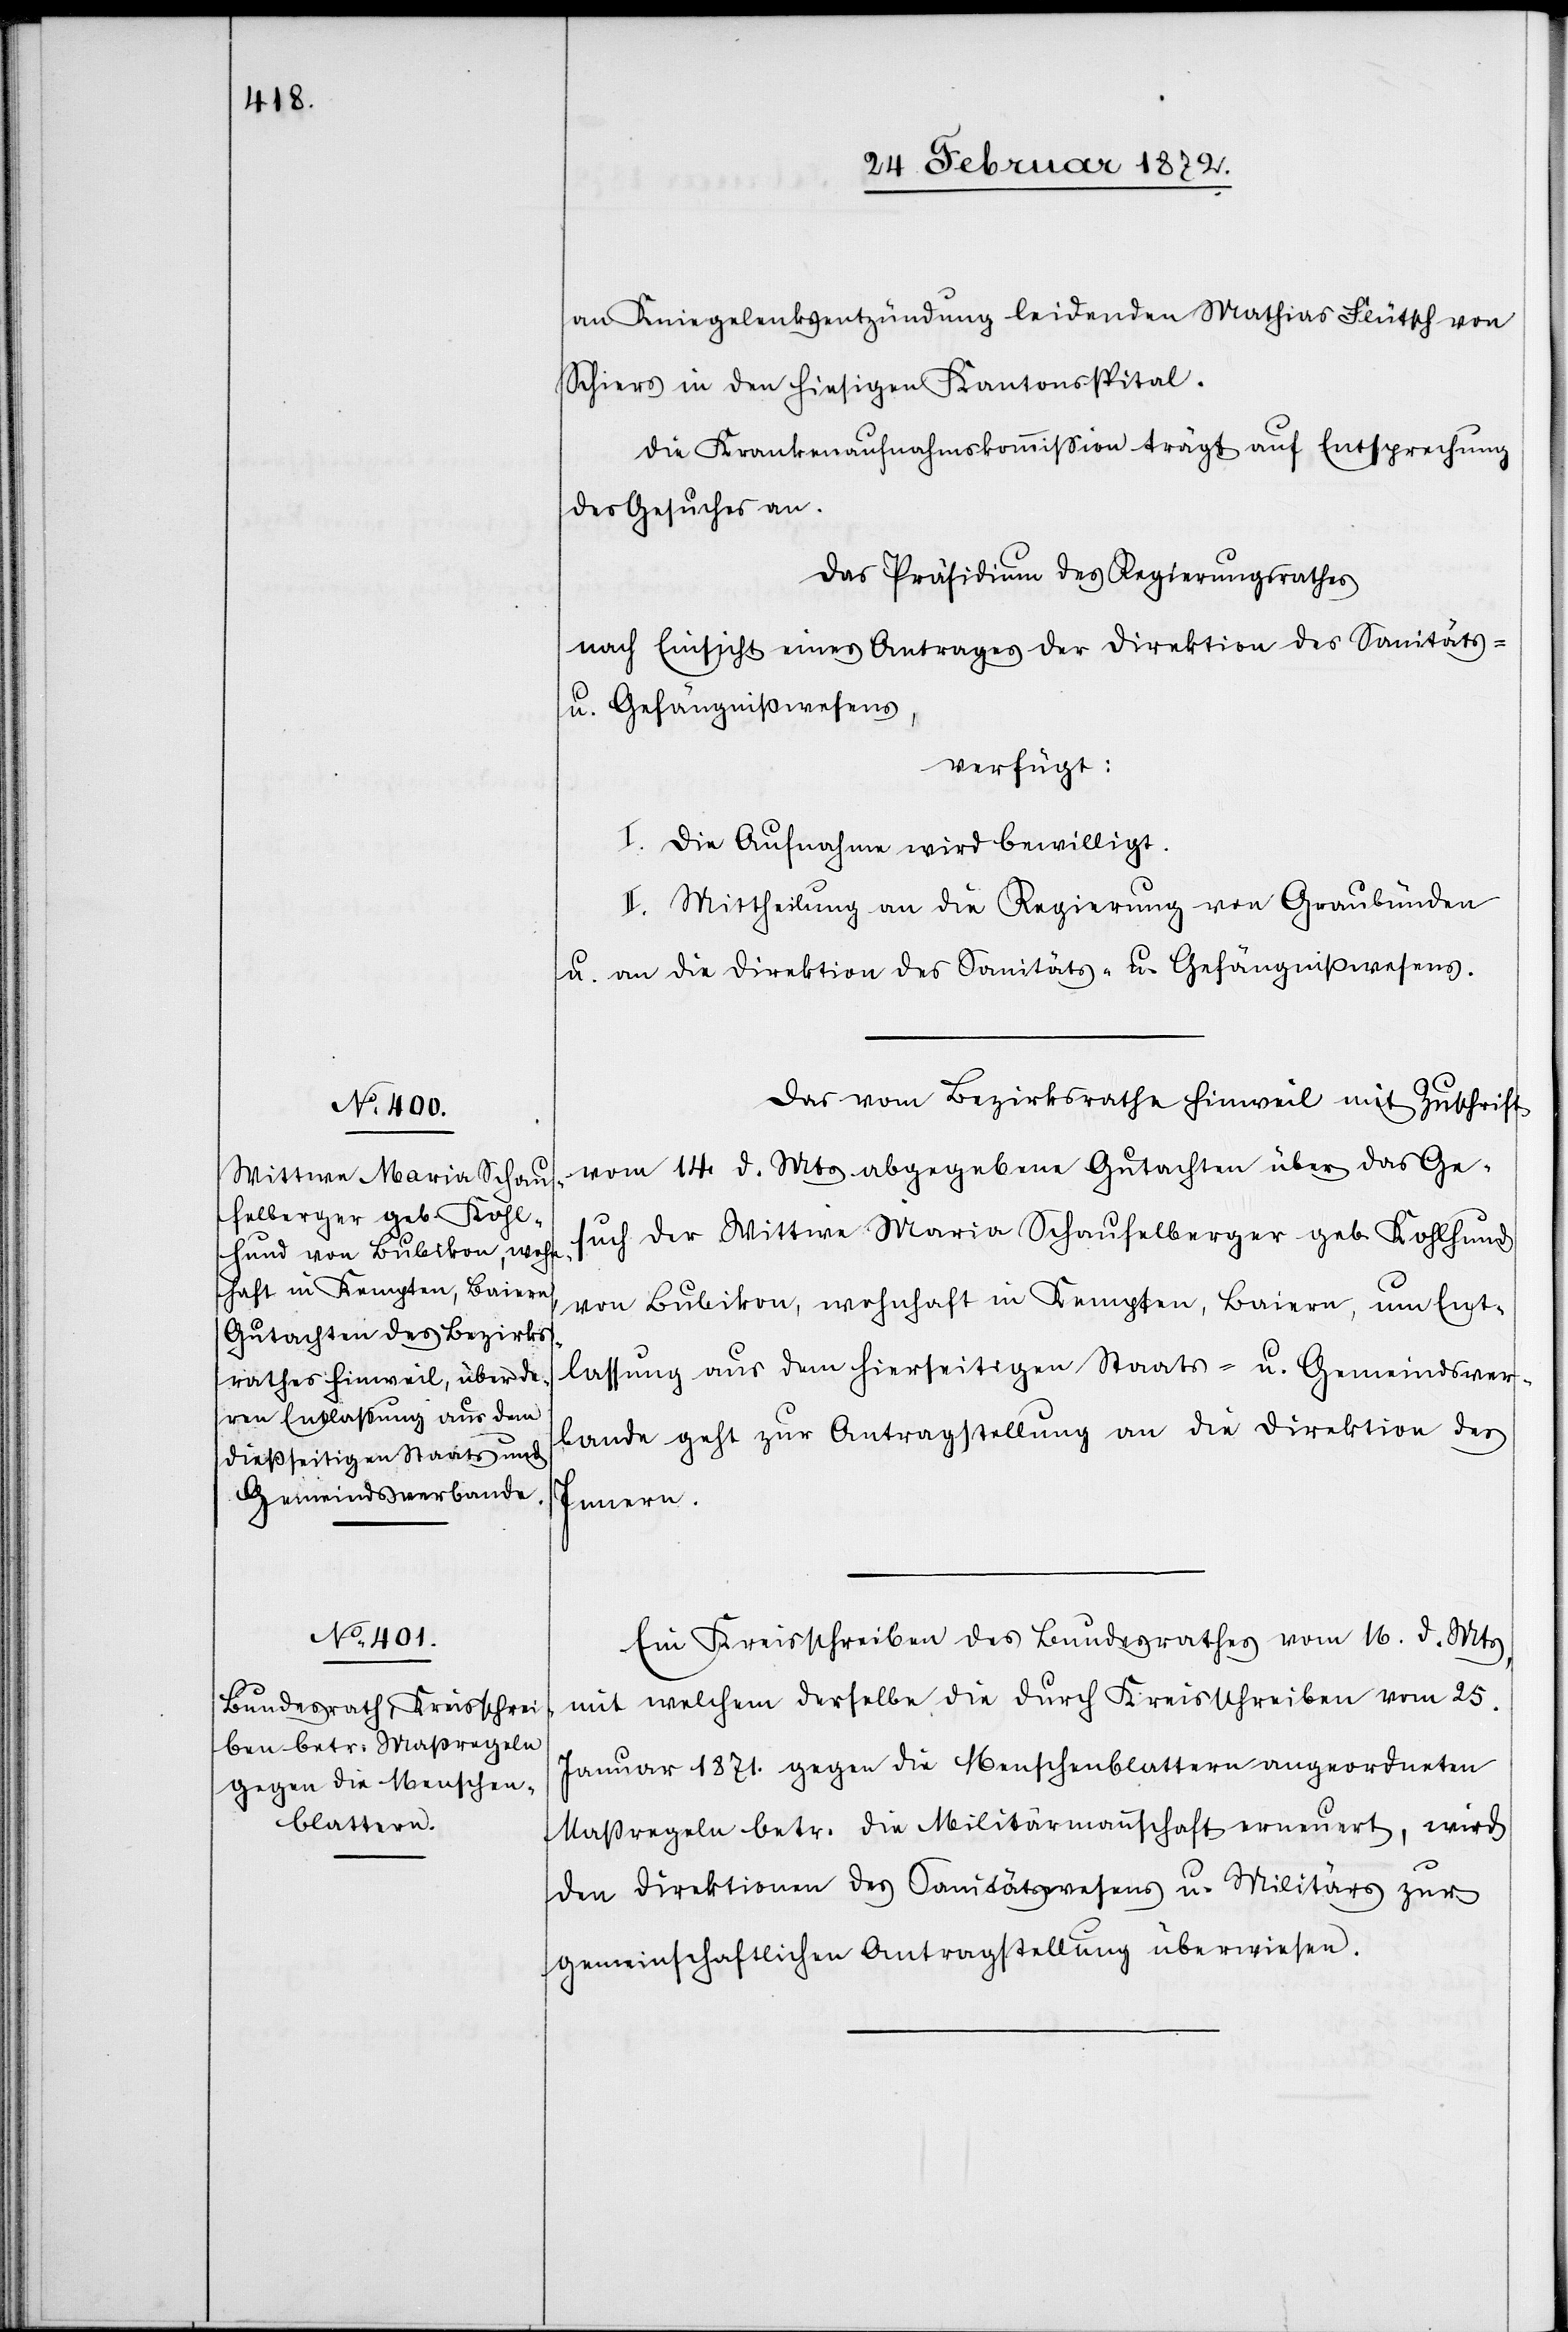
an Kniegelenksentzündung leidenden Mathias Flütsch von
Schiers in den hiesigen Kantonsspital.
Die Krankenaufnahmskommission trägt auf Entsprechung
des Gesuches an.
Das Präsidium des Regierungsrathes
nach Einsicht eines Antrages der Direktion des Sanitäts-
u. Gefängnißwesens,
verfügt:
I. Die Aufnahme wird bewilligt.
II. Mittheilung an die Regierung von Graubünden
u. an die Direktion des Sanitäts- u. Gefängnißwesens.
Das vom Bezirksrathe Hinweil mit Zuschrift
vom 14. d. Mts abgegebene Gutachten über das Ge¬
such der Wittwe Maria Schaufelberger geb. Kohlhund
von Bubikon, wohnhaft in Kempten, Baiern, um Ent¬
lassung aus dem hierseitigen Staats- u. Gemeindsver¬
bande geht zur Antragstellung an die Direktion des
Innern.
Ein Kreisschreiben des Bundesrathes vom 16. d. Mts,
mit welchem derselbe die durch Kreisschreiben vom 25.
Januar 1871. gegen die Menschenblattern angeordneten
Maßregeln betr. die Militärmannschaft erneuert, wird
den Direktionen des Sanitätswesens u. Militärs zur
gemeinschaftlichen Antragstellung überwiesen.